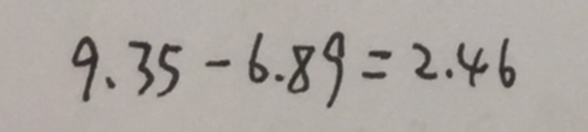
9 . 3 5 - 6 . 8 9 = 2 . 4 6